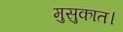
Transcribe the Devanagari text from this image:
मुसुकात।